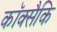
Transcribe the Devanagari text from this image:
कॉक्सैकि